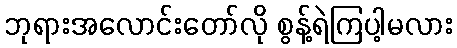
ဘုရားအလောင်းတော်လို စွန့်ရဲကြပါ့မလား